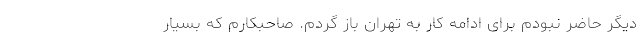
دیگر حاضر نبودم برای ادامه کار به تهران باز گردم. صاحبکارم که بسیار